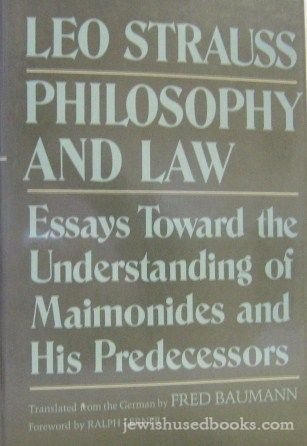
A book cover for Philosophy and Law: Essays Toward the Understanding of Maimonides  and His Predecessors/Bk No 662; Leo Strauss; Religion & Spirituality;